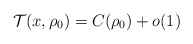
\begin{align*}\mathcal{T}(x, \rho_{0}) = C(\rho_{0})+o(1)\end{align*}